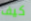
كيف